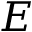
E